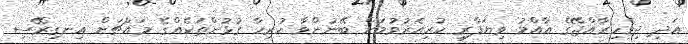
އަދި ދިވެހިރާއްޖޭގެ އާއްމު ވިޔަފާރި ކުރިއެރުވުމަށް ބޭނުންވާ ހުރިހާ ގުޅުންތަކެއްގެ މައްޗަށް އިނގިރޭސި